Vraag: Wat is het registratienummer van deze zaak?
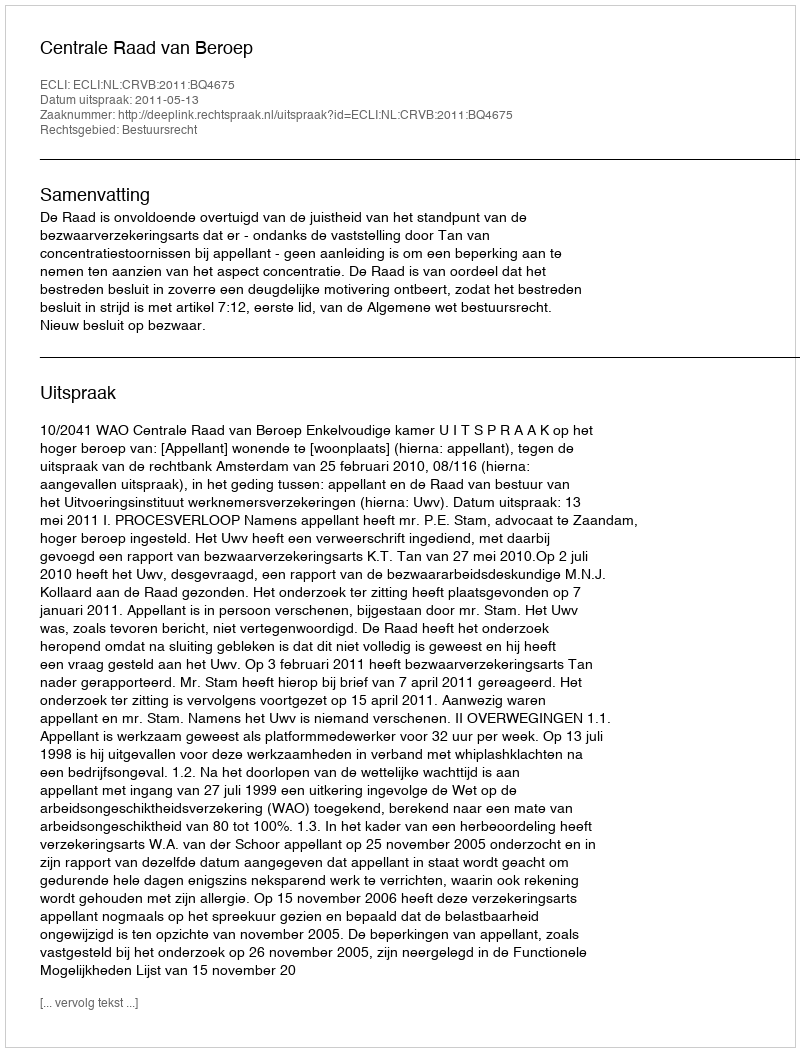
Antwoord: http://deeplink.rechtspraak.nl/uitspraak?id=ECLI:NL:CRVB:2011:BQ4675